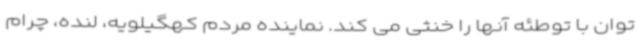
توان با توطئه آنها را خنثی می کند. نماینده مردم کهگیلویه، لنده، چرام